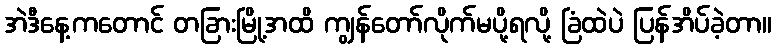
အဲဒီနေ့ကတောင် တခြားမြို့အထိ ကျွန်တော်လိုက်မပို့ရလို့ ခြံထဲပဲ ပြန်အိပ်ခဲ့တာ။